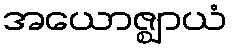
အယောဇ္ဈာယံ